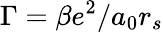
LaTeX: \Gamma=\beta e^{2}/a_{0}r_{s}